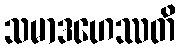
သမာဒဟေဿတိ